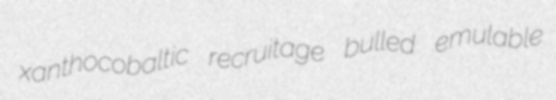
xanthocobaltic recruitage bulled emulable